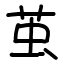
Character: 茧